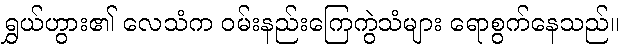
ရွှယ်ဟွား၏ လေသံက ဝမ်းနည်းကြေကွဲသံများ ရောစွက်နေသည်။